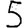
Digit: 5